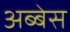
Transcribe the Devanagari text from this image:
अब्बेस